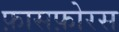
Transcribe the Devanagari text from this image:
फ़ासफ़ोरस